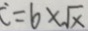
= 6 \times \sqrt { x }